Calcutta medical institutions reports 1871-78
Year: 1871
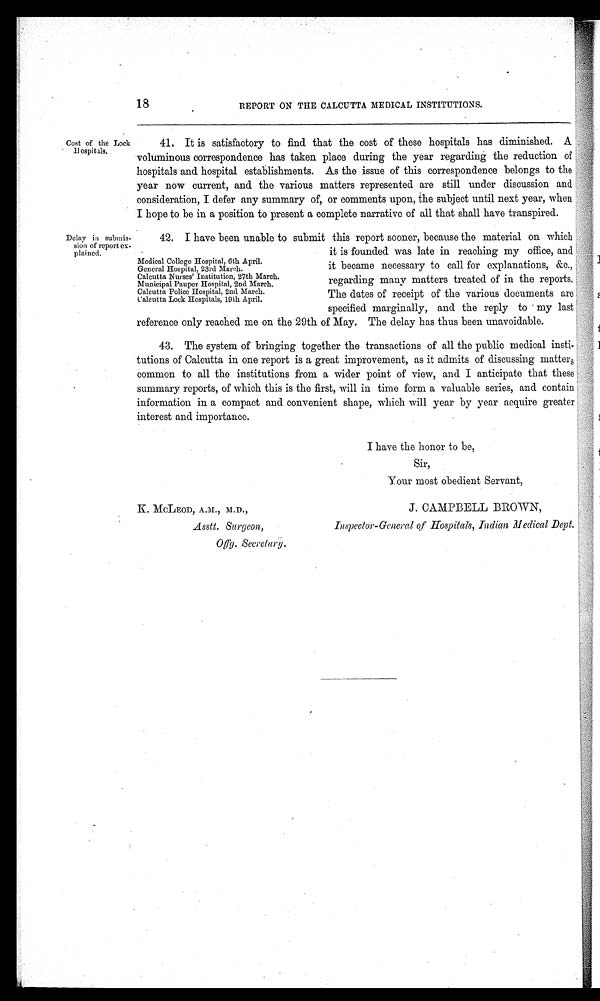
41. It is satisfactory to find that the cost of these hospitals has diminished. A
voluminous correspondence has taken place during the year regarding the reduction of
hospitals and hospital establishments. As the issue of this correspondence belongs to the
year now current, and the various matters represented are still under discussion and
consideration, I defer any summary of, or comments upon, the subject until next year, when
I hope to be in a position to present a complete narrative of all that shall have transpired.
Cost of the Lock
Hospitals.
18
REPORT ON THE CALCUTTA MEDICAL INSTITUTIONS.
Delay in submis--
sion of report ex--
plained.
42. I have been unable to submit this report sooner, because the material on which
Medical College Hospital, 6th April.
General Hospital, 23rd March.
Calcutta Nurses' Institution, 27th March.
Municipal Pauper Hospital, 2nd March.
Calcutta Police Hospital, 2nd March.
Calcutta Lock Hospitals, 19th April.
it is founded was late in reaching my office, and
it became necessary to call for explanations, &amp;c.,
regarding many matters treated of in the reports.
The dates of receipt of the various documents are
specified marginally, and the reply to my last
reference only reached me on the 29th of May. The delay has thus been unavoidable.
43. The system of bringing together the transactions of all the public medical insti--
tutions of Calcutta in one report is a great improvement, as it admits of discussing matters
common to all the institutions from a wider point of view, and I anticipate that these
summary reports, of which this is the first, will in time form a valuable series, and contain
information in a compact and convenient shape, which will year by year acquire greater
interest and importance.
I have the honor to be,
Sir,
Your most obedient Servant,
K. MCLEOD, A.M., M.D.,
Asstt. Surgeon,
offg. Secretary.
J. CAMPBELL BROWN,
Inspector-General of Hospitals, Indian Medical Dept.